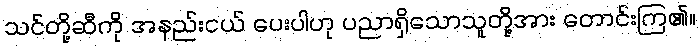
သင်တို့ဆီကို အနည်းငယ် ပေးပါဟု ပညာရှိသောသူတို့အား တောင်းကြ၏။